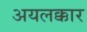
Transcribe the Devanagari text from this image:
अयलक्कार